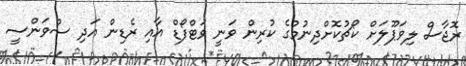
ރޮޖާސް ލިވަޕޫލަށް ކޯޗުކޮށްދިނުމުގެ ކުރިން ވަނީ ވަޓްފޯޑް އާއި ރެޑިން އަދި ސްވަންސީ